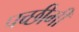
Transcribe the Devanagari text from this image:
पच्छीमी